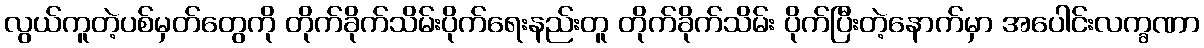
လွယ်ကူတဲ့ပစ်မှတ်တွေကို တိုက်ခိုက်သိမ်းပိုက်ရေးနည်းတူ တိုက်ခိုက်သိမ်း ပိုက်ပြီးတဲ့နောက်မှာ အပေါင်းလက္ခဏာ